Bombay plague: being a history of the progress of plague in the Bombay presidency from September 1896 to June 1899
Year: 1896
Disease focus: Plague
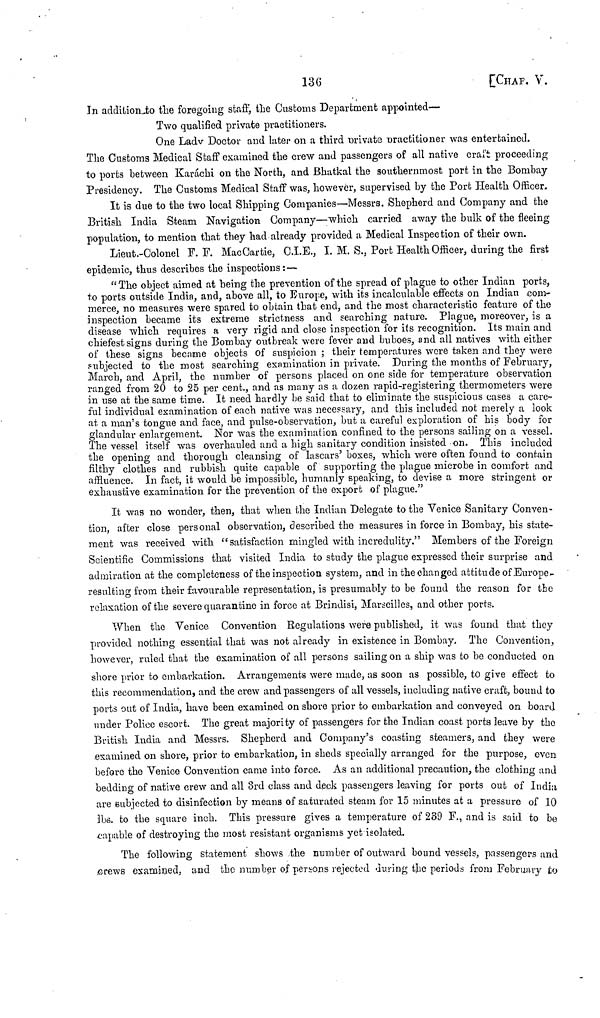
136
[CHAP. V.
In addition to the foregoing staff, the Customs Department appointed—
Two qualified private practitioners.
One Lady Doctor and later on a third Orivate practitioner was entertained.
The Customs Medical Staff examined the crew and passengers of all native craft proceeding
to ports between Karachi on the North, and Bhatkal the southernmost port in the Bombay
Presidency. The Customs Medical Staff was, however, supervised by the Port Health Officer.
It is due to the two local Shipping Companies—Messrs. Shepherd and Company and the
British India Steam Navigation Company—which carried away the bulk of the fleeing
population, to mention that they had already provided a Medical Inspection of their own.
Lieufc.-Colonel F. F. MacCartie, C.I.E., I. M. S., Port Health Officer, during the first
epidemic, thus describes the inspections :—
"The object aimed at being the prevention of the spread of plague to other Indian ports,
to ports outside India, and, above all, to Europe, with its incalculable effects on Indian com-
merce, no measures were spared to obtain that end, and the most characteristic feature of the
inspection became its extreme strictness and searching nature. Plague, moreover, is a
disease which requires a very rigid and close inspection for its recognition. Its main and
chiefest signs during the Bombay outbreak were fever and buboes, and all natives with either
of these signs became objects of suspicion ; their temperatures were taken and they were
subjected to the most searching examination in private. During the months of February,
March, and April, the number of persons placed on one side for temperature observation
ranged from 20 to 25 per cent., and as many as a dozen rapid-registering thermometers were
in use at the same time. It need hardly be said that to eliminate the suspicious cases a care-
ful individual examination of each native was necessary, and this included not merely a look
at a man's tongue and face, and pulse-observation, but a careful exploration of his body for
glandular enlargement. Nor was the examination confined to the persons sailing on a vessel.
The vessel itself was overhauled and a high sanitary condition insisted on. This included
the opening and thorough cleansing of lascars' boxes, which were often found to contain
filthy clothes and rubbish quite capable of supporting the plague microbe in comfort and
affluence. In fact, it would be impossible, humanly speaking, to devise a more stringent or
exhaustive examination for the prevention of the export of plague."
It was no wonder, then, that when the Indian Delegate to the Venice Sanitary Conven-
tion, after close personal observation, described the measures in force in Bombay, his state-
ment was received with "satisfaction mingled with incredulity." Members of the Foreign
Scientific Commissions that visited India to study the plague expressed their surprise and
admiration at the completeness of the inspection system, and in the changed attitu de of Europe-
resulting from their favourable representation, is presumably to be found the reason for the
relaxation of the severe quarantine in force at Brindisi, Marseilles, and other ports.
When the Venice Convention Regulations were published, it was found that they
provided nothing essential that was not already in existence in Bombay. The Convention,
however, ruled that the examination of all persons sailing on a ship was to be conducted on
shore prior to embarkation. Arrangements were made, as soon as possible, to give effect to
this recommendation, and the crew and passengers of all vessels, including native craft, bound to
ports out of India, have been examined on shore prior to embarkation and conveyed on board
under Police escort. The great majority of passengers for the Indian coast ports leave by the
British India and Messrs. Shepherd and Company's coasting steamers, and they were
examined on shore, prior to embarkation, in sheds specially arranged for the purpose, even
before the Venice Convention came into force. As an additional precaution, the clothing and
bedding of native crew and all 3rd class and deck passengers leaving for ports out of India
are subjected to disinfection by means of saturated steam for 15 minutes at a pressure of .10
lbs. to the square inch. This pressure gives a temperature of 239 F., and is said to be
capable of destroying the most resistant organisms yet isolated.
The following statement shows the number of outward bound vessels, passengers and
crews examined, and the number of persons rejected during the periods from February to